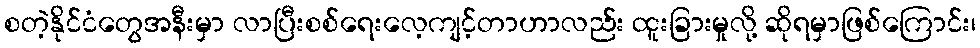
စတဲ့နိုင်ငံတွေအနီးမှာ လာပြီးစစ်ရေးလေ့ကျင့်တာဟာလည်း ထူးခြားမှုလို့ ဆိုရမှာဖြစ်ကြောင်း၊